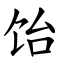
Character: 饴